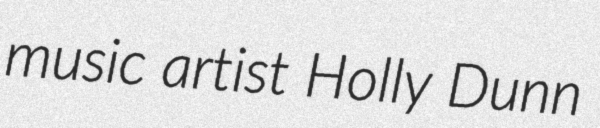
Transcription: music artist Holly Dunn